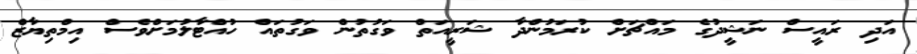
އަދި ރައީސް ނަޝީދުގެ މައްޗަށް ކުރަމުންދާ ޝަރީއަތް ވަގުތުން ވަގުތައް ހުއްޓާލުމަށްވެސް އިމްތިޔާޒް